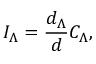
I _ { \Lambda } = { \frac { d _ { \Lambda } } { d } } C _ { \Lambda } ,